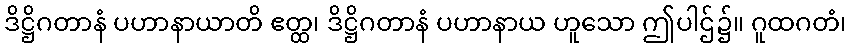
ဒိဋ္ဌိဂတာနံ ပဟာနာယာတိ ဧတ္ထ၊ ဒိဋ္ဌိဂတာနံ ပဟာနာယ ဟူသော ဤပါဌ်၌။ ဂူထဂတံ၊